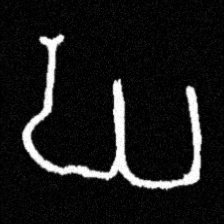
Pyu character \u2014 Myanmar letter: ဃ (romanized: gha)